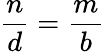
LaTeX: {\frac{n}{d}}={\frac{m}{b}}